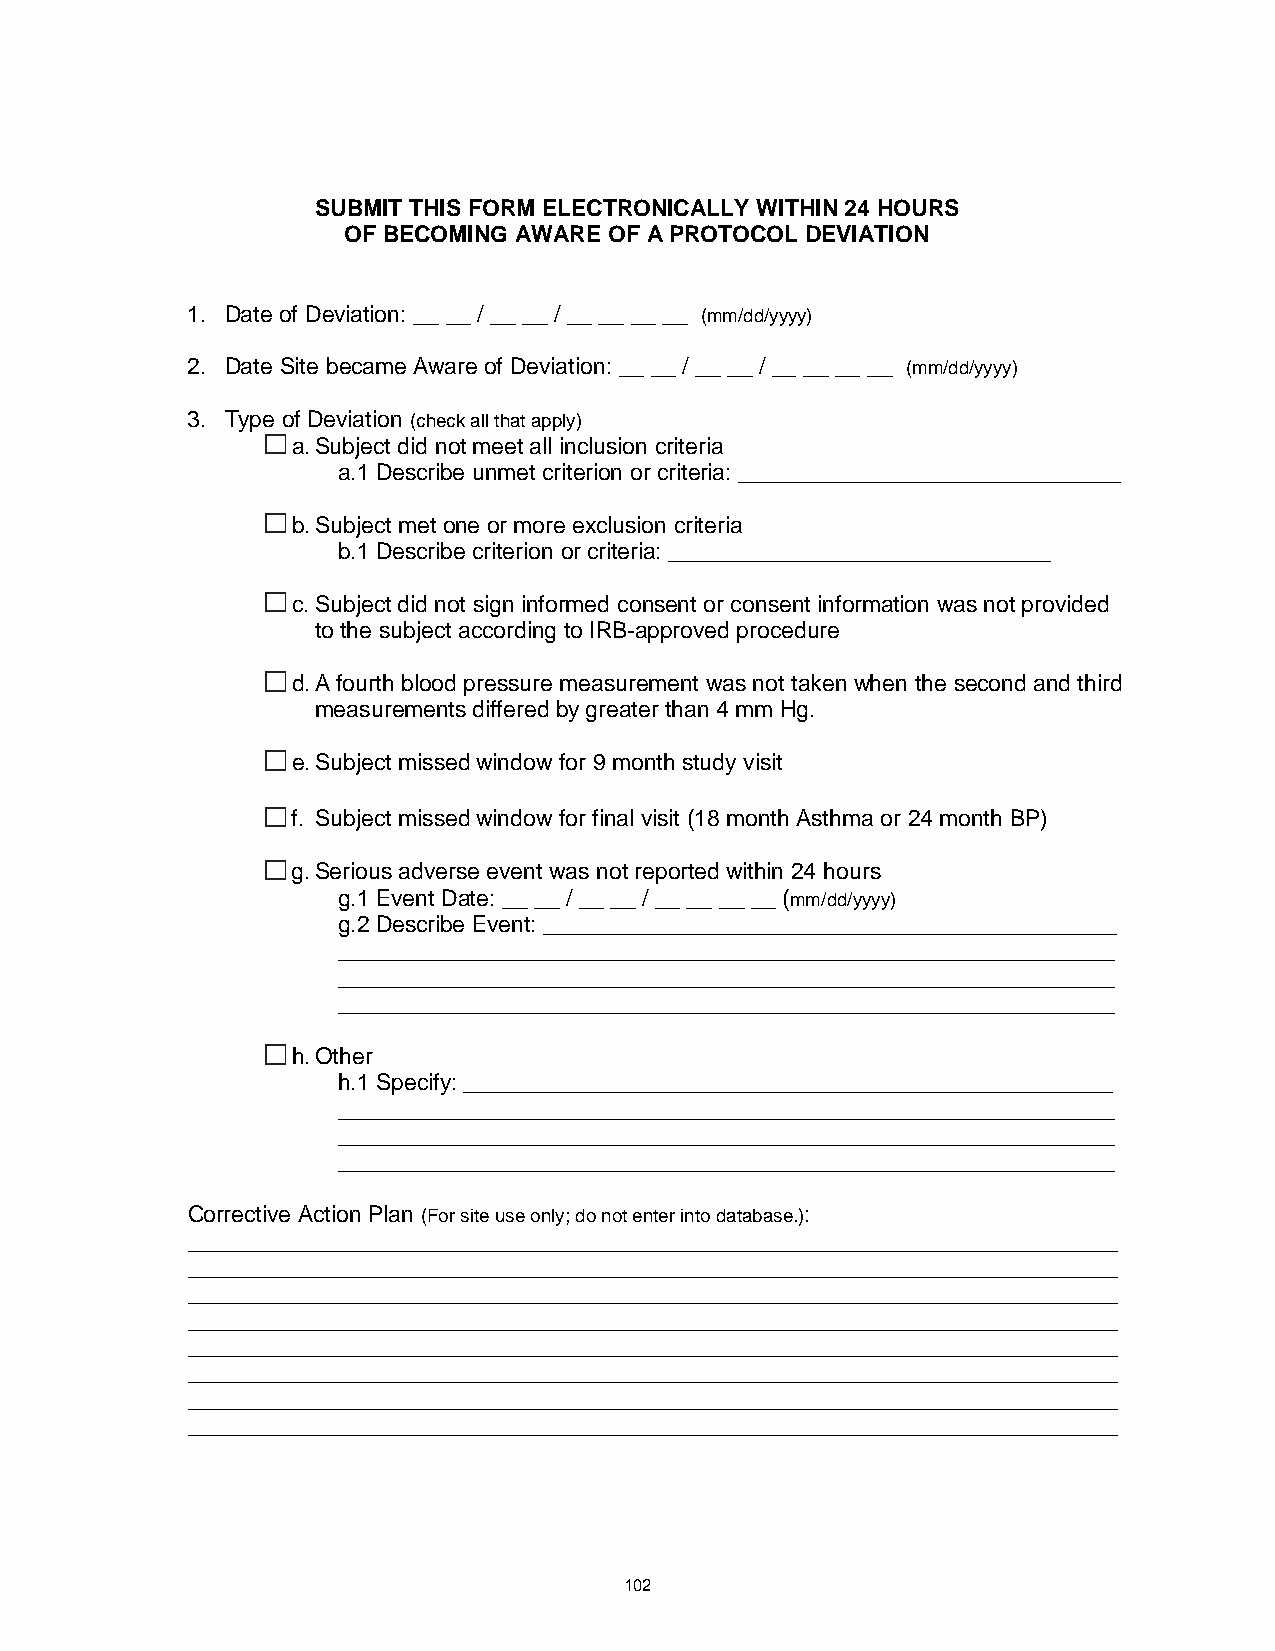
SUBMIT THIS FORM ELECTRONICALLY WITHIN 24 HOURS
 OF BECOMING AWARE OF A PROTOCOL DEVIATION
 1. Date of Deviation: __ __ / __ __ / __ __ __ __ (mm/dd/yyyy)
 2. Date Site became Aware of Deviation: __ __ / __ __ / __ __ __ __ (mm/dd/yyyy)
 3. Type of Deviation (check all that apply)
 a. Subject did not meet all inclusion criteria
 a.1 Describe unmet criterion or criteria: ______________________________
 b. Subject met one or more exclusion criteria
 b.1 Describe criterion or criteria: ______________________________
 c. Subject did not sign informed consent or consent information was not provided
 to the subject according to IRB-approved procedure
 d. A fourth blood pressure measurement was not taken when the second and third
 measurements differed by greater than 4 mm Hg.
 e. Subject missed window for 9 month study visit
 f. Subject missed window for final visit (18 month Asthma or 24 month BP)
 g. Serious adverse event was not reported within 24 hours
 g.1 Event Date: __ __ / __ __ / __ __ __ __ (mm/dd/yyyy)
 g.2 Describe Event: _____________________________________________
 _____________________________________________________________
 _____________________________________________________________
 _____________________________________________________________
 h. Other
 h.1 Specify: ___________________________________________________
 _____________________________________________________________
 _____________________________________________________________
 _____________________________________________________________
 Corrective Action Plan (For site use only; do not enter into database.):
 _________________________________________________________________________
 _________________________________________________________________________
 _________________________________________________________________________
 _________________________________________________________________________
 _________________________________________________________________________
 _________________________________________________________________________
 _________________________________________________________________________
 _________________________________________________________________________
 102